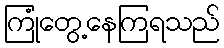
ကြုံတွေ့နေကြရသည်